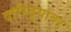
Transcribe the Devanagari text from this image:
दारिद्र्यावर